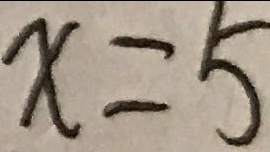
x = 5